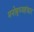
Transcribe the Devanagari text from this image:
मनोबुध्यहंकार